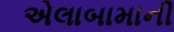
એલાબામાની